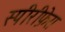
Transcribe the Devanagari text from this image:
स्पीरीफ़ेरा